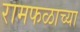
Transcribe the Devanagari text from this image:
रामफळाच्या